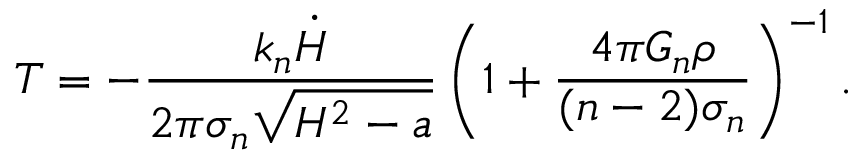
T = - \frac { k _ { n } \dot { H } } { 2 \pi \sigma _ { n } \sqrt { H ^ { 2 } - a } } \left( 1 + \frac { 4 \pi G _ { n } \rho } { ( n - 2 ) \sigma _ { n } } \right) ^ { - 1 } .